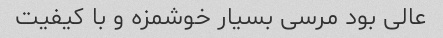
عالی بود مرسی بسیار خوشمزه و با کیفیت